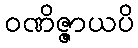
ဝဏိဇ္ဇာယပိ